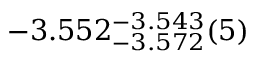
- 3 . 5 5 2 _ { - 3 . 5 7 2 } ^ { - 3 . 5 4 3 } ( 5 )